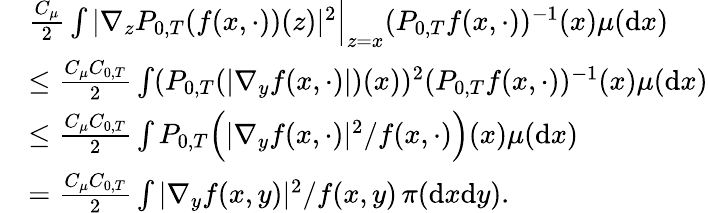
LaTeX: \begin{array}{rl}&{\frac{C_{\mu}}{2}\int|\nabla_{z}P_{0,T}(f(x,\cdot))(z)|^{2}\Big|_{z=x}(P_{0,T}f(x,\cdot))^{-1}(x)\mu(\mathrm{d}x)}\\ &{\leq\frac{C_{\mu}C_{0,T}}{2}\int(P_{0,T}(|\nabla_{y}f(x,\cdot)|)(x))^{2}(P_{0,T}f(x,\cdot))^{-1}(x)\mu(\mathrm{d}x)}\\ &{\leq\frac{C_{\mu}C_{0,T}}{2}\int P_{0,T}\Big(|\nabla_{y}f(x,\cdot)|^{2}/f(x,\cdot)\Big)(x)\mu(\mathrm{d}x)}\\ &{=\frac{C_{\mu}C_{0,T}}{2}\int|\nabla_{y}f(x,y)|^{2}/f(x,y)\, \pi(\mathrm{d}x\mathrm{d}y).}\end{array}